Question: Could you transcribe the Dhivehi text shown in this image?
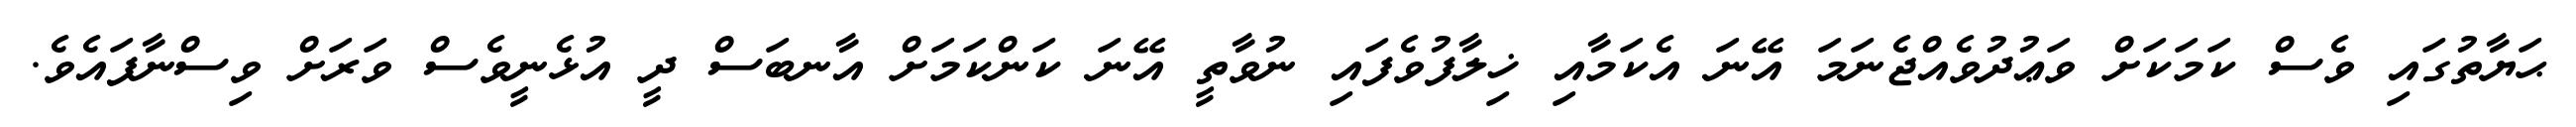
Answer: ޙަޔާތުގައި ވެސް ކަމަކަށް ވަޢުދުވެއްޖެނަމަ އޭނަ އެކަމާއި ޚިލާފުވެފައި ނުވާތީ އޭނަ ކަންކަމަށް އާނބަސް ދީ އުޅެނީވެސް ވަރަށް ވިސްނާފައެވެ.